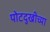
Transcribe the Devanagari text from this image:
पोटदुखीच्या